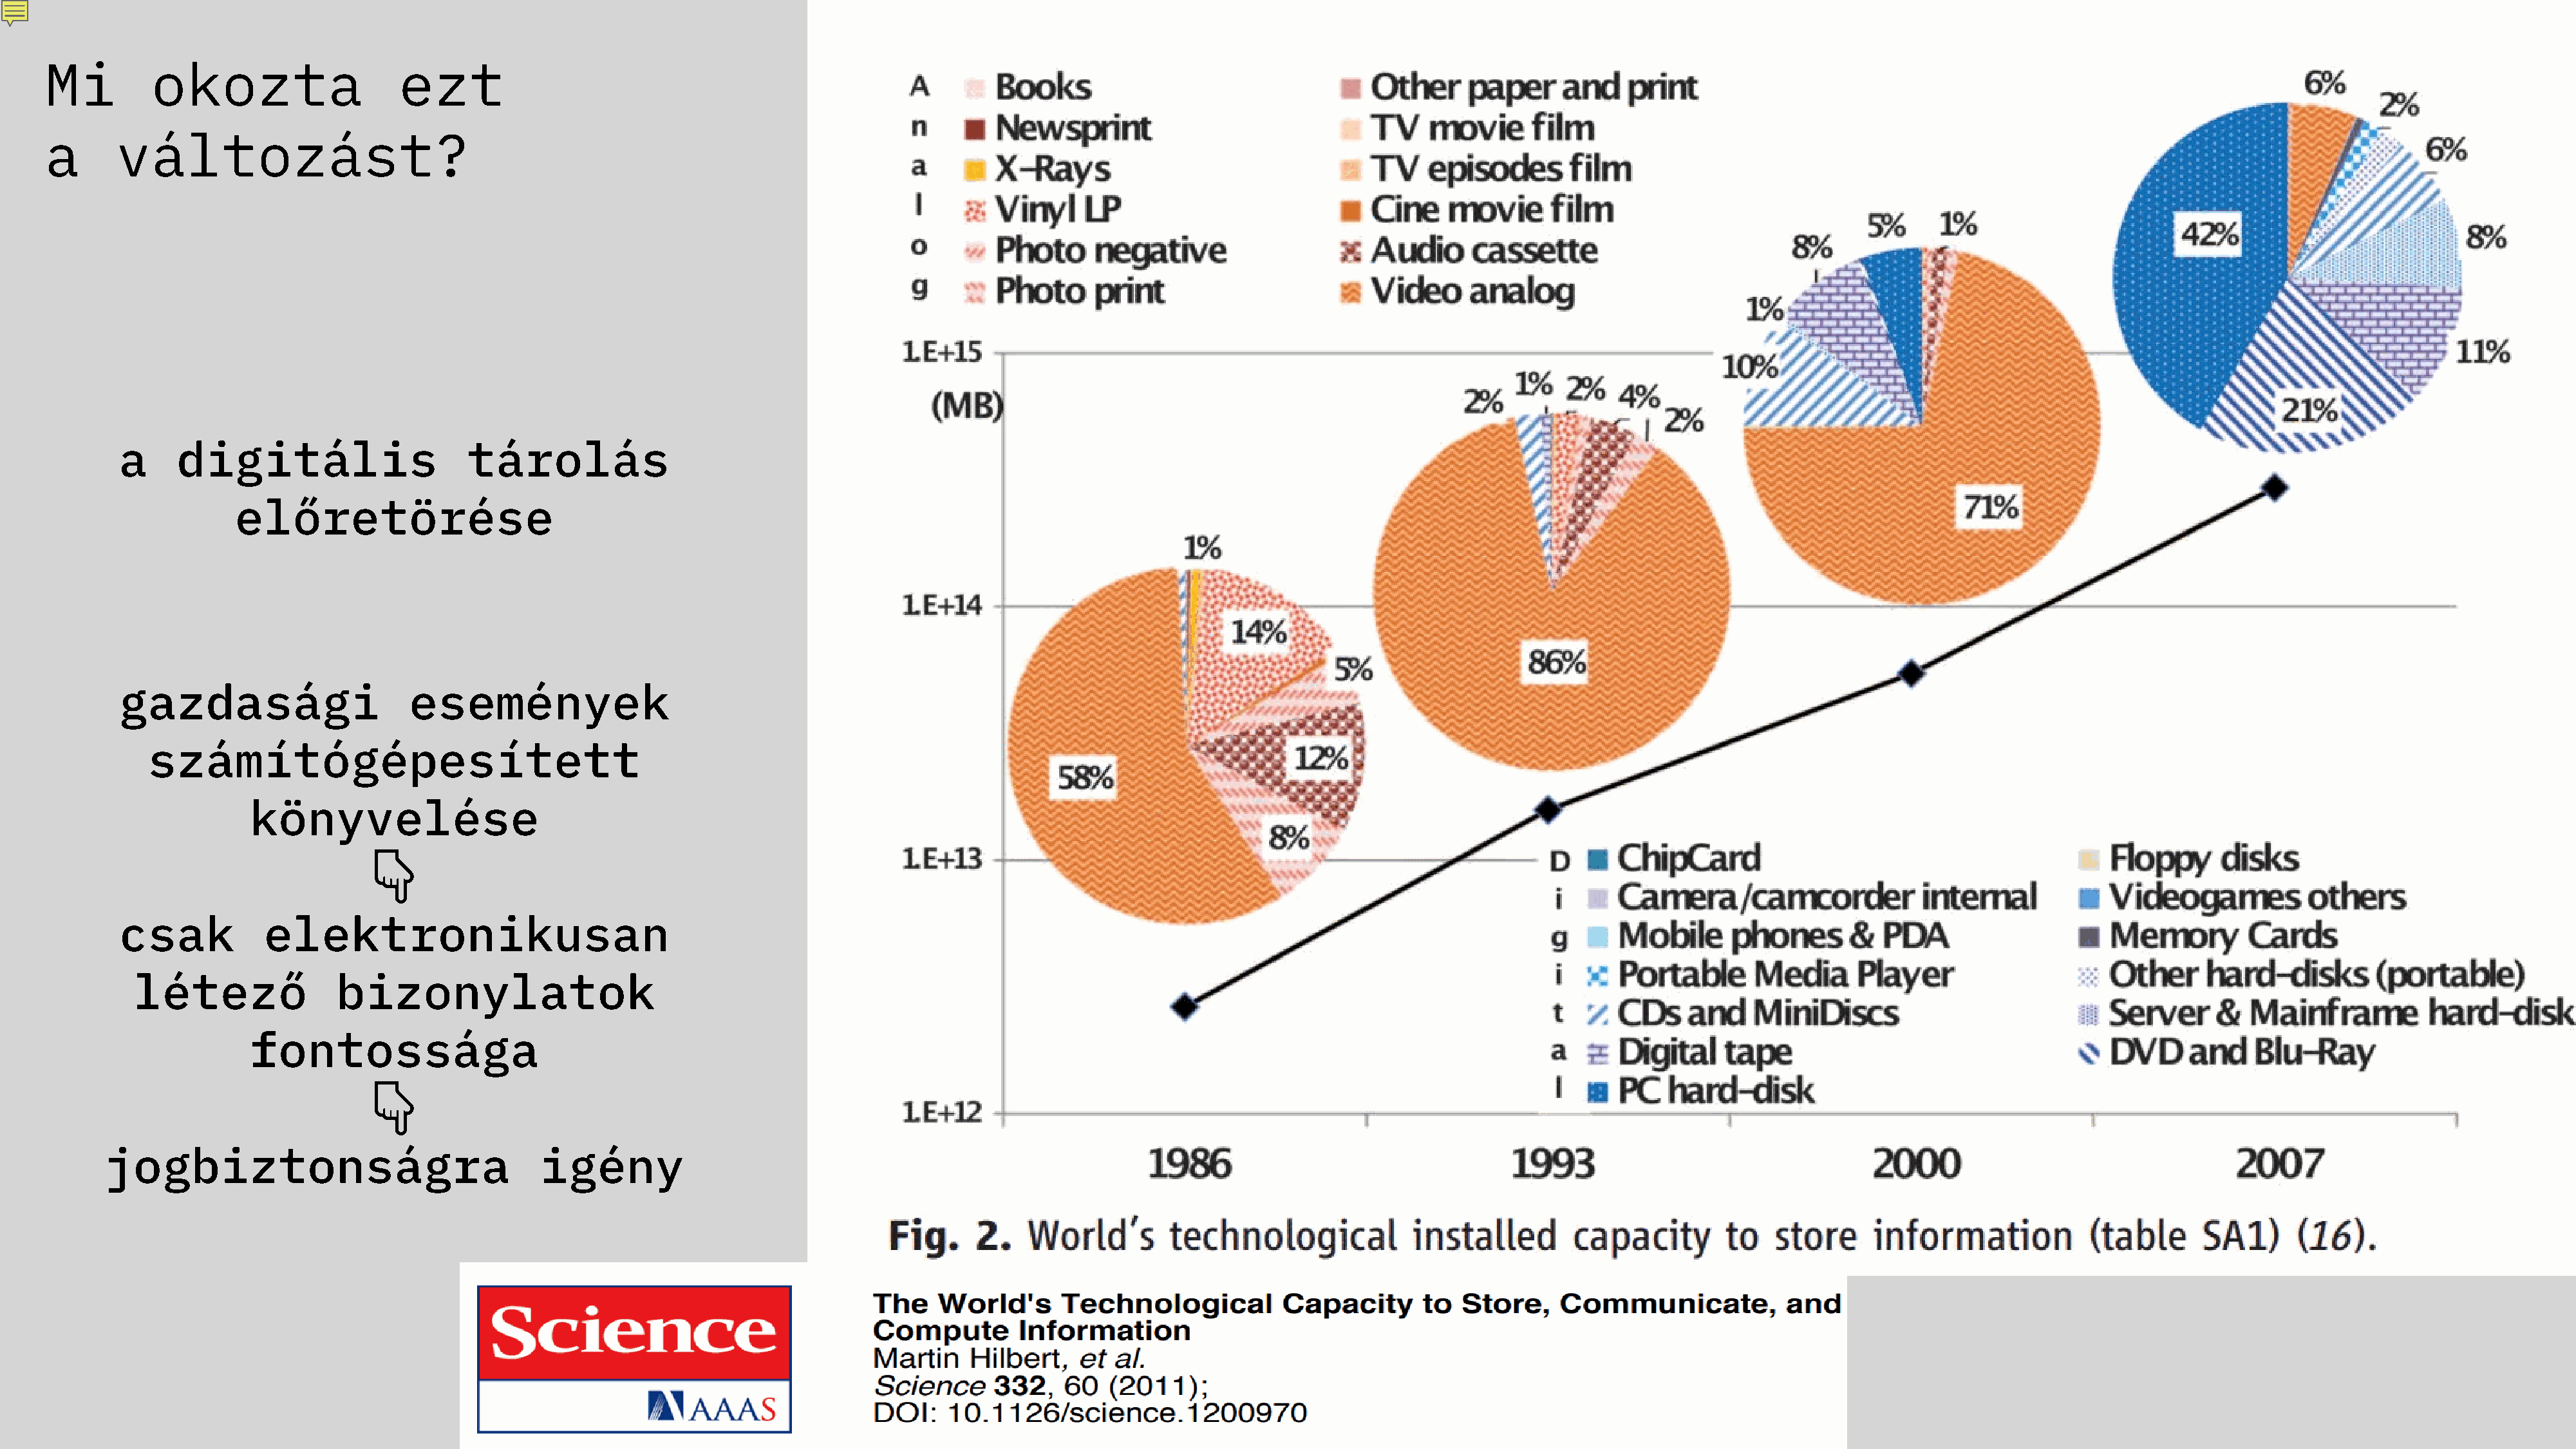
Mi         okozta                   ezt
 a      változást?
 a     digitális                     tárolás
 előretörése
 gazdasági                     események
 számítógépesített
 könyvelése
 �
 csak           elektronikusan
 létező               bizonylatok
 fontossága
 �
 jogbiztonságra                              igény